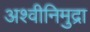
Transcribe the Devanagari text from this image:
अश्वीनिमुद्रा